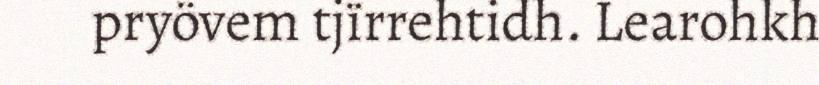
pryövem tjïrrehtidh. Learohkh